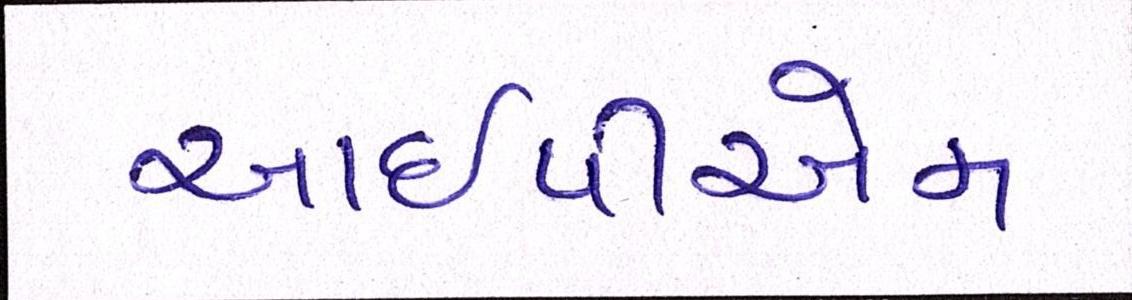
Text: આઇપીએમ